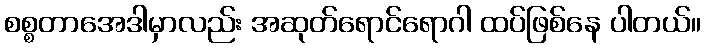
စစ္စတာအေဒါမှာလည်း အဆုတ်ရောင်ရောဂါ ထပ်ဖြစ်နေ ပါတယ်။